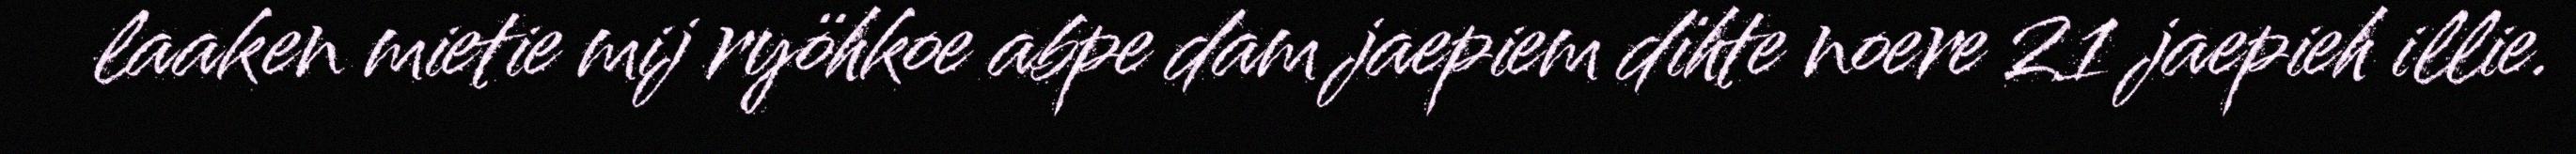
laaken mietie mij ryöhkoe abpe dam jaepiem dïhte noere 21 jaepieh illie.